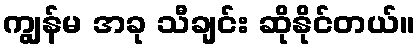
ကျွန်မ အခု သီချင်း ဆိုနိုင်တယ်။